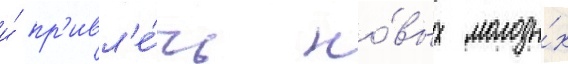
и́ пр'ивл'е́чь но́вых молоды́х